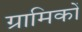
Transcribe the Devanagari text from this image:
ग्रामिकों